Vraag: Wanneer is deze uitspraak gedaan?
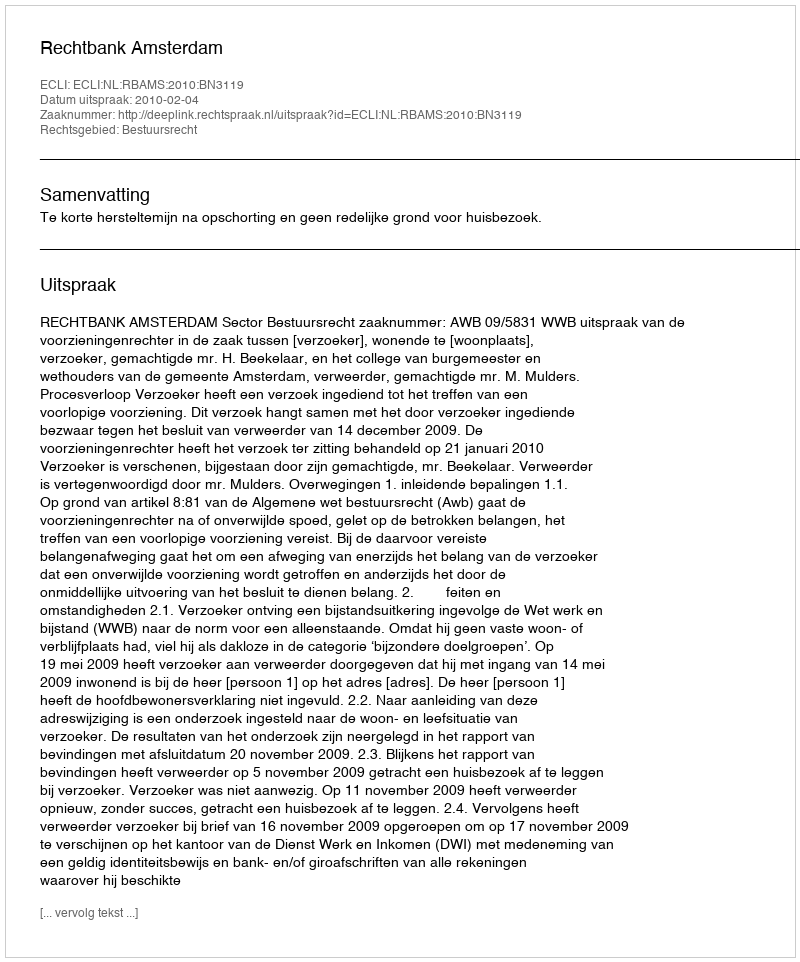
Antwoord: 2010-02-04